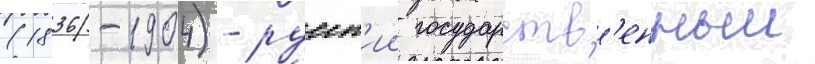
(1836-1904) - русск'ии государств'енныи